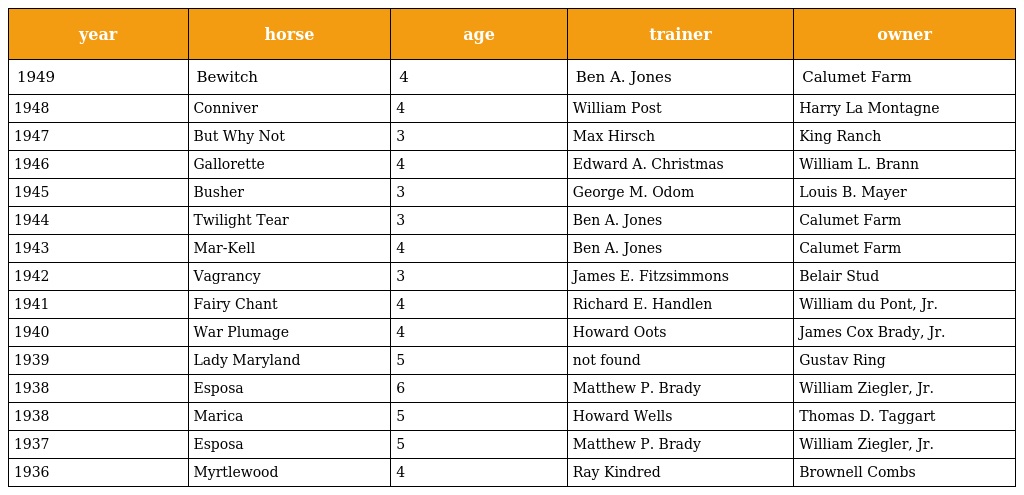
| year | horse | age | trainer | owner |
 | --- | --- | --- | --- | --- |
 | 1949 | Bewitch | 4 | Ben A. Jones | Calumet Farm |
 | 1948 | Conniver | 4 | William Post | Harry La Montagne |
 | 1947 | But Why Not | 3 | Max Hirsch | King Ranch |
 | 1946 | Gallorette | 4 | Edward A. Christmas | William L. Brann |
 | 1945 | Busher | 3 | George M. Odom | Louis B. Mayer |
 | 1944 | Twilight Tear | 3 | Ben A. Jones | Calumet Farm |
 | 1943 | Mar-Kell | 4 | Ben A. Jones | Calumet Farm |
 | 1942 | Vagrancy | 3 | James E. Fitzsimmons | Belair Stud |
 | 1941 | Fairy Chant | 4 | Richard E. Handlen | William du Pont, Jr. |
 | 1940 | War Plumage | 4 | Howard Oots | James Cox Brady, Jr. |
 | 1939 | Lady Maryland | 5 | not found | Gustav Ring |
 | 1938 | Esposa | 6 | Matthew P. Brady | William Ziegler, Jr. |
 | 1938 | Marica | 5 | Howard Wells | Thomas D. Taggart |
 | 1937 | Esposa | 5 | Matthew P. Brady | William Ziegler, Jr. |
 | 1936 | Myrtlewood | 4 | Ray Kindred | Brownell Combs |